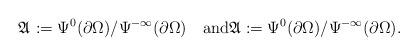
LaTeX: \begin{align*}\mathfrak{A}_{}:=\Psi^0(\partial\Omega)/\Psi^{-\infty}_{}(\partial \Omega)\quad\mbox{and}\mathfrak{A}:=\Psi^0(\partial\Omega)/\Psi^{-\infty}(\partial \Omega).\end{align*}